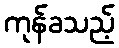
ကုန်ခသည့်